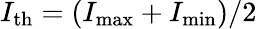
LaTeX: I_{\mathrm{th}}=(I_{\operatorname*{max}}+I_{\operatorname*{min}})/2